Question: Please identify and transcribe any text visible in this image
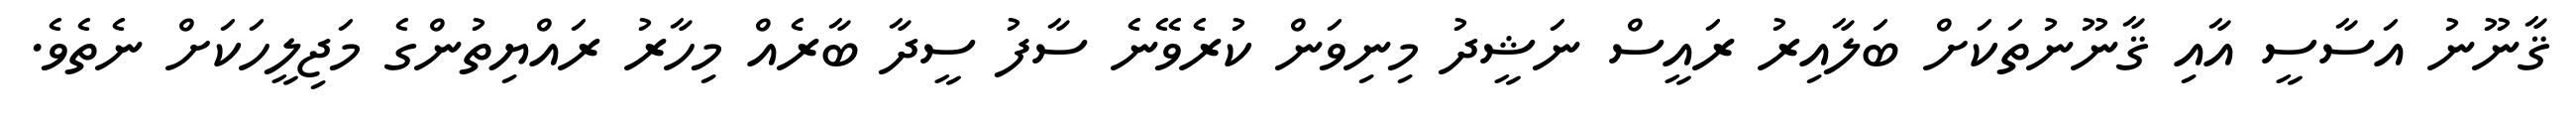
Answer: ޤާނޫނު އަސާސީ އާއި ޤާނޫނުތަކަށް ބަލާއިރު ރައީސް ނަޝީދު މިނިވަން ކުރެވޭނެ ސާފު ސީދާ ބާރެއް މިހާރު ރައްޔިތުންގެ މަޖިލީހަކަށް ނެތެވެ.